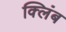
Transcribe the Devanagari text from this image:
क्लिंब